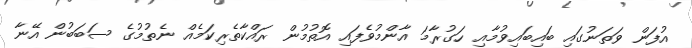
އުފަން ވަތަނުގައި ބައިބައިވުމާއި ހަގުރާމަ އާންމުވެފައި އޮތުމުން ރައްކާތެރިކަމެއް ނެތުމުގެ ސަބަބުން އޭނާ